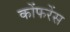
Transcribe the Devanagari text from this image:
कोंफरेंस